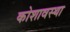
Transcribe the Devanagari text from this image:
कोशावस्था